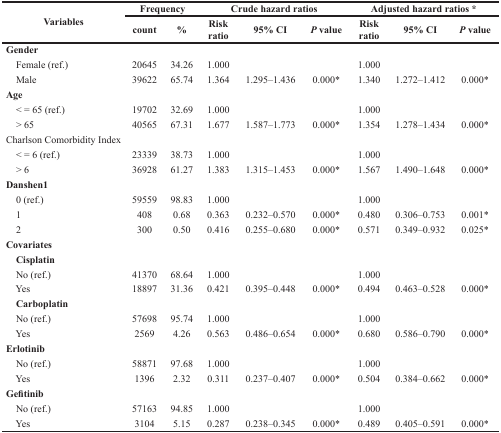
<table><thead><tr><td rowspan="2"><b>Variables</b></td><td colspan="2"><b>Frequency</b></td><td colspan="3"><b>Crude hazard ratios</b></td><td colspan="3"><b>Adjusted hazard ratios *</b></td></tr><tr><td><b>count</b></td><td><b>%</b></td><td><b>Risk ratio</b></td><td><b>95% CI</b></td><td><b><i>P</i> value</b></td><td><b>Risk ratio</b></td><td><b>95% CI</b></td><td><b><i>P</i> value</b></td></tr></thead><tbody><tr><td><b>Gender</b></td><td></td><td></td><td></td><td></td><td></td><td></td><td></td><td></td></tr><tr><td> Female (ref.)</td><td>20645</td><td>34.26</td><td>1.000</td><td></td><td></td><td>1.000</td><td></td><td></td></tr><tr><td> Male</td><td>39622</td><td>65.74</td><td>1.364</td><td>1.295–1.436</td><td>0.000*</td><td>1.340</td><td>1.272–1.412</td><td>0.000*</td></tr><tr><td><b>Age</b></td><td></td><td></td><td></td><td></td><td></td><td></td><td></td><td></td></tr><tr><td> &lt; = 65 (ref.)</td><td>19702</td><td>32.69</td><td>1.000</td><td></td><td></td><td>1.000</td><td></td><td></td></tr><tr><td> &gt; 65</td><td>40565</td><td>67.31</td><td>1.677</td><td>1.587–1.773</td><td>0.000*</td><td>1.354</td><td>1.278–1.434</td><td>0.000*</td></tr><tr><td>Charlson Comorbidity Index</td><td></td><td></td><td></td><td></td><td></td><td></td><td></td><td></td></tr><tr><td> &lt; = 6 (ref.)</td><td>23339</td><td>38.73</td><td>1.000</td><td></td><td></td><td>1.000</td><td></td><td></td></tr><tr><td> &gt; 6</td><td>36928</td><td>61.27</td><td>1.383</td><td>1.315–1.453</td><td>0.000*</td><td>1.567</td><td>1.490–1.648</td><td>0.000*</td></tr><tr><td><b>Danshen1</b></td><td></td><td></td><td></td><td></td><td></td><td></td><td></td><td></td></tr><tr><td> 0 (ref.)</td><td>59559</td><td>98.83</td><td>1.000</td><td></td><td></td><td>1.000</td><td></td><td></td></tr><tr><td> 1</td><td>408</td><td>0.68</td><td>0.363</td><td>0.232–0.570</td><td>0.000*</td><td>0.480</td><td>0.306–0.753</td><td>0.001*</td></tr><tr><td> 2</td><td>300</td><td>0.50</td><td>0.416</td><td>0.255–0.680</td><td>0.000*</td><td>0.571</td><td>0.349–0.932</td><td>0.025*</td></tr><tr><td><b>Covariates</b></td><td></td><td></td><td></td><td></td><td></td><td></td><td></td><td></td></tr><tr><td> <b>Cisplatin</b></td><td></td><td></td><td></td><td></td><td></td><td></td><td></td><td></td></tr><tr><td> No (ref.)</td><td>41370</td><td>68.64</td><td>1.000</td><td></td><td></td><td>1.000</td><td></td><td></td></tr><tr><td> Yes</td><td>18897</td><td>31.36</td><td>0.421</td><td>0.395–0.448</td><td>0.000*</td><td>0.494</td><td>0.463–0.528</td><td>0.000*</td></tr><tr><td> <b>Carboplatin</b></td><td></td><td></td><td></td><td></td><td></td><td></td><td></td><td></td></tr><tr><td> No (ref.)</td><td>57698</td><td>95.74</td><td>1.000</td><td></td><td></td><td>1.000</td><td></td><td></td></tr><tr><td> Yes</td><td>2569</td><td>4.26</td><td>0.563</td><td>0.486–0.654</td><td>0.000*</td><td>0.680</td><td>0.586–0.790</td><td>0.000*</td></tr><tr><td><b>Erlotinib</b></td><td></td><td></td><td></td><td></td><td></td><td></td><td></td><td></td></tr><tr><td> No (ref.)</td><td>58871</td><td>97.68</td><td>1.000</td><td></td><td></td><td>1.000</td><td></td><td></td></tr><tr><td> Yes</td><td>1396</td><td>2.32</td><td>0.311</td><td>0.237–0.407</td><td>0.000*</td><td>0.504</td><td>0.384–0.662</td><td>0.000*</td></tr><tr><td><b>Gefitinib</b></td><td></td><td></td><td></td><td></td><td></td><td></td><td></td><td></td></tr><tr><td> No (ref.)</td><td>57163</td><td>94.85</td><td>1.000</td><td></td><td></td><td>1.000</td><td></td><td></td></tr><tr><td> Yes</td><td>3104</td><td>5.15</td><td>0.287</td><td>0.238–0.345</td><td>0.000*</td><td>0.489</td><td>0.405–0.591</td><td>0.000*</td></tr></tbody></table>